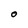
Character: O